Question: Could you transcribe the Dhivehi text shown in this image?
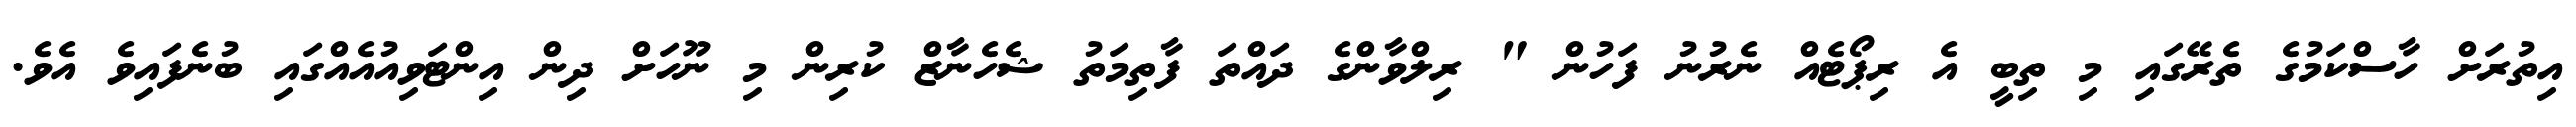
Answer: އިތުރަށް ހާސްކަމުގެ ތެރޭގައި މި ތިބީ އެ ރިޕޯޓެއް ނެރުނު ފަހުން " ރިލްވާންގެ ދައްތަ ފާތިމަތު ޝެހެނާޒް ކުރިން މި ނޫހަށް ދިން އިންޓަވިއުއެއްގައި ބުނެފައިވެ އެވެ.